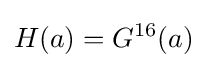
H(a)=G^{16}(a)